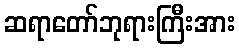
ဆရာတော်ဘုရားကြီးအား